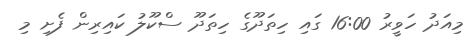
މިއަދު ހަވީރު 16:00 ގައި ހިތަދޫގެ ހިތަދޫ ސްކޫލު ކައިރިން ފެށި މި